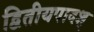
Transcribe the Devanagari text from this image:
द्वितीयपादश्